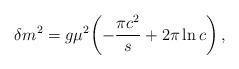
LaTeX: \begin{align*}\delta m^2 = g \mu^2 \biggl(-\frac{\pi c^2}{s} + 2\pi \ln c \biggr)\,,\end{align*}